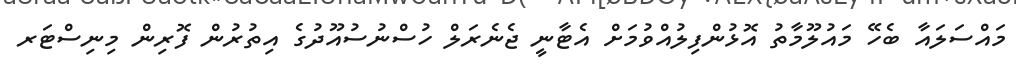
މައްސަލައާ ބެހޭ މައުލޫމާތު އޮޅުންފިލުއްވުމަށް އެޓާނީ ޖެނެރަލް ހުސްނުސުއޫދުގެ އިތުރުން ފޮރިން މިނިސްޓަރ